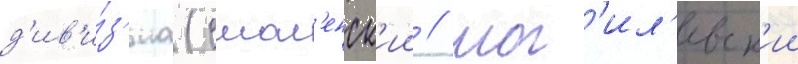
д'ив'и́з'иа (смол'енск'ии / мог'ил'евск'ии